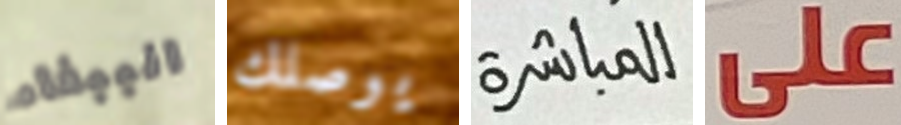
الببغاء يوصلك المباشرة على